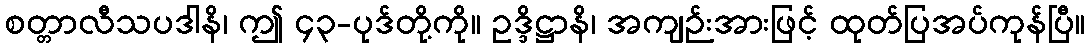
စတ္တာလီသပဒါနိ၊ ဤ ၄၃-ပုဒ်တို့ကို။ ဥဒ္ဒိဋ္ဌာနိ၊ အကျဉ်းအားဖြင့် ထုတ်ပြအပ်ကုန်ပြီ။